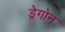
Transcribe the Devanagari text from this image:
ड्रेगोन